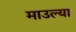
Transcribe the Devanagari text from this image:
माउल्या